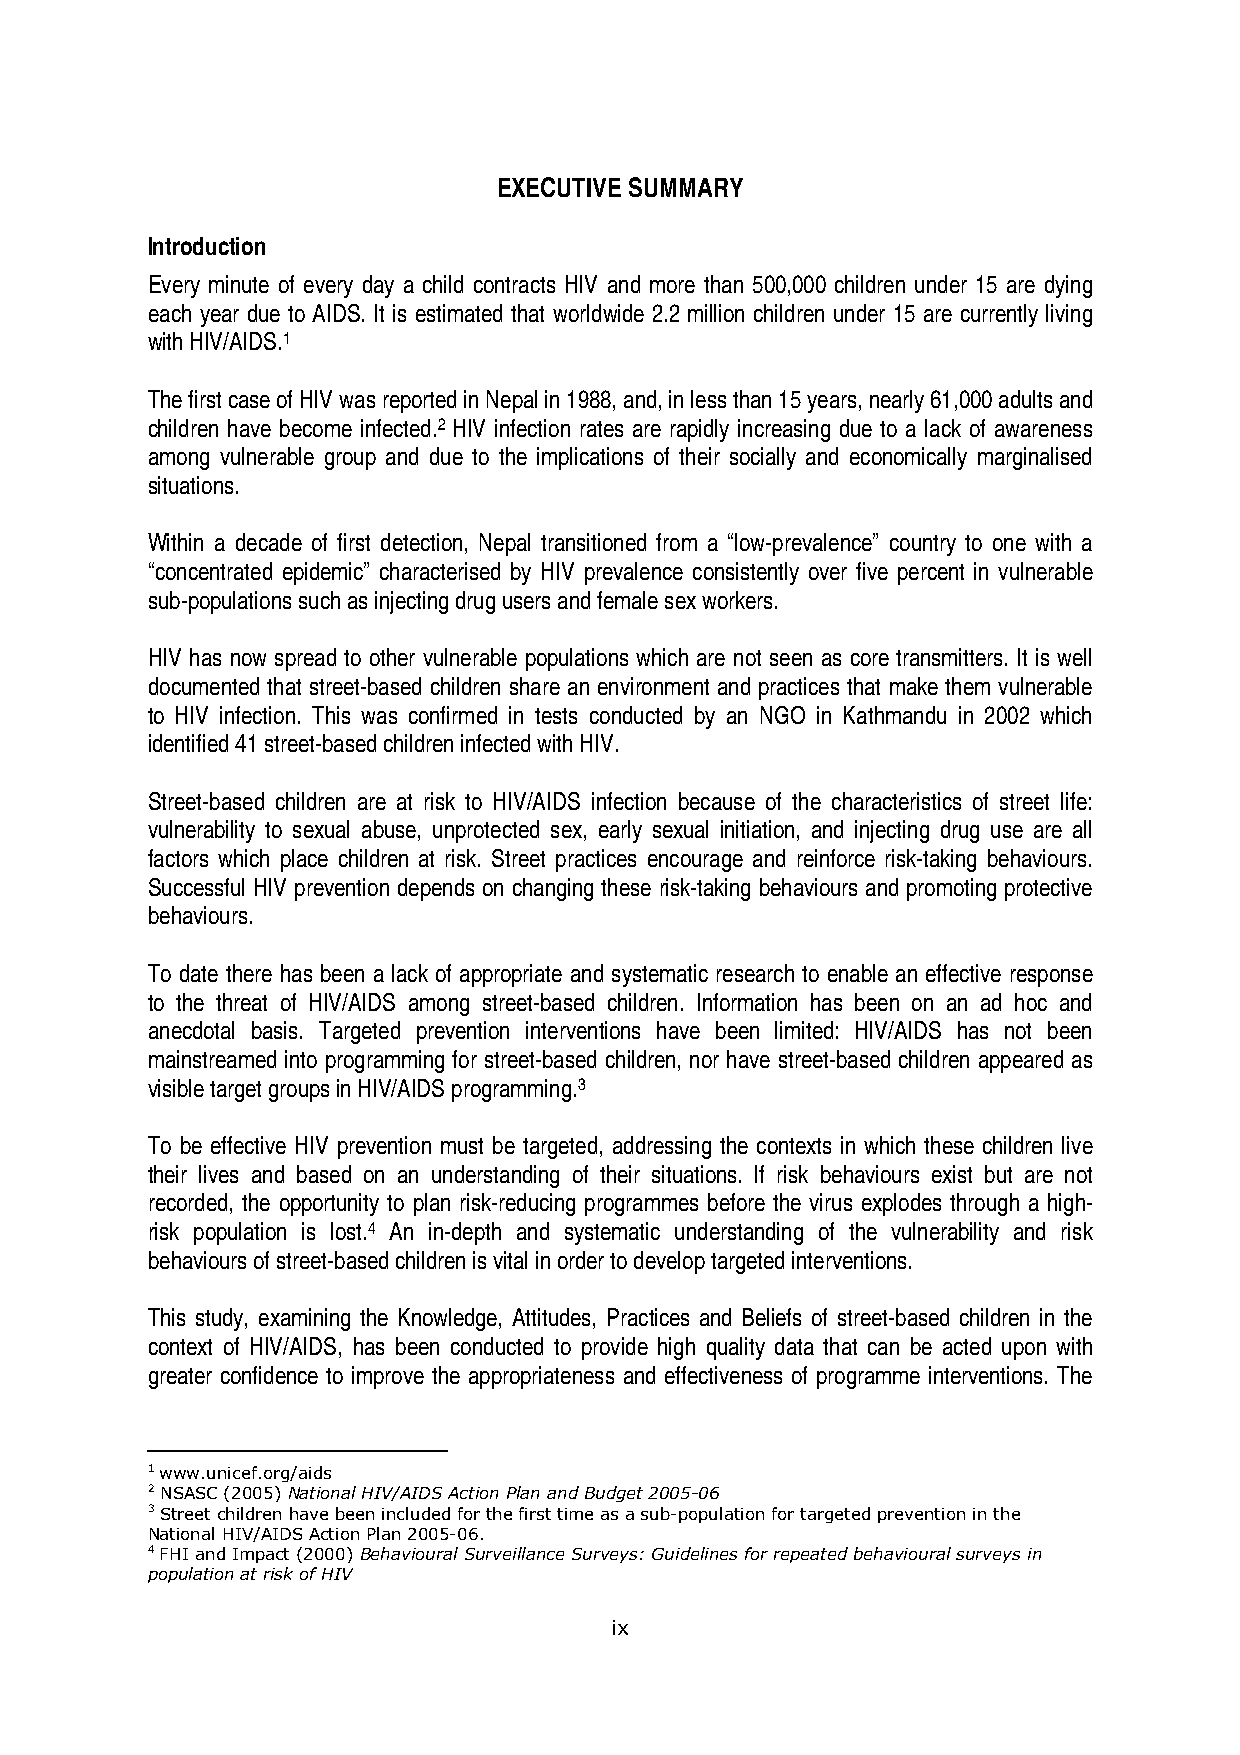
EXECUTIVE SUMMARY
 Introduction
 Every minute of every day a child contracts HIV and more than 500,000 children under 15 are dying
 each year due to AIDS. It is estimated that worldwide 2.2 million children under 15 are currently living
 with HIV/AIDS.1
 The first case of HIV was reported in Nepal in 1988, and, in less than 15 years, nearly 61,000 adults and
 children have become infected.2 HIV infection rates are rapidly increasing due to a lack of awareness
 among vulnerable group and due to the implications of their socially and economically marginalised
 situations.
 Within a decade of first detection, Nepal transitioned from a “low-prevalence” country to one with a
 “concentrated epidemic” characterised by HIV prevalence consistently over five percent in vulnerable
 sub-populations such as injecting drug users and female sex workers.
 HIV has now spread to other vulnerable populations which are not seen as core transmitters. It is well
 documented that street-based children share an environment and practices that make them vulnerable
 to HIV infection. This was confirmed in tests conducted by an NGO in Kathmandu in 2002 which
 identified 41 street-based children infected with HIV.
 Street-based children are at risk to HIV/AIDS infection because of the characteristics of street life:
 vulnerability to sexual abuse, unprotected sex, early sexual initiation, and injecting drug use are all
 factors which place children at risk. Street practices encourage and reinforce risk-taking behaviours.
 Successful HIV prevention depends on changing these risk-taking behaviours and promoting protective
 behaviours.
 To date there has been a lack of appropriate and systematic research to enable an effective response
 to the threat of HIV/AIDS among street-based children. Information has been on an ad hoc and
 anecdotal basis. Targeted prevention interventions have been limited: HIV/AIDS has not been
 mainstreamed into programming for street-based children, nor have street-based children appeared as
 visible target groups in HIV/AIDS programming.3
 To be effective HIV prevention must be targeted, addressing the contexts in which these children live
 their lives and based on an understanding of their situations. If risk behaviours exist but are not
 recorded, the opportunity to plan risk-reducing programmes before the virus explodes through a high-
 risk population is lost.4 An in-depth and systematic understanding of the vulnerability and risk
 behaviours of street-based children is vital in order to develop targeted interventions.
 This study, examining the Knowledge, Attitudes, Practices and Beliefs of street-based children in the
 context of HIV/AIDS, has been conducted to provide high quality data that can be acted upon with
 greater confidence to improve the appropriateness and effectiveness of programme interventions. The
 1 www.unicef.org/aids
 2 NSASC (2005) National HIV/AIDS Action Plan and Budget 2005-06
 3 Street children have been included for the first time as a sub-population for targeted prevention in the
 National HIV/AIDS Action Plan 2005-06.
 4 FHI and Impact (2000) Behavioural Surveillance Surveys: Guidelines for repeated behavioural surveys in
 population at risk of HIV
 ix